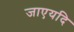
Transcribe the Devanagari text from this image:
जाएयदि